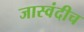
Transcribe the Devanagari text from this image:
जास्वंदीच